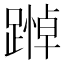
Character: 𨄵